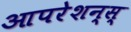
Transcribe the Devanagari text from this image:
आपरेशन्स्